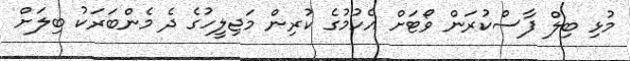
މުޅި ބިލް ފާސްކުރަން ވޯޓަށް އެހުމުގެ ކުރިން މަޖިލީހުގެ ދެ މެންބަރަކު ބިލަށް